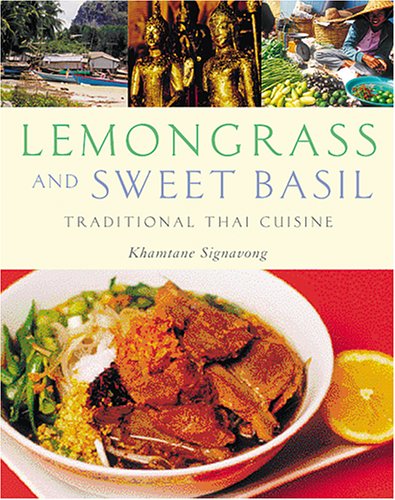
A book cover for Lemongrass and Sweet Basil: Traditional Thai Cuisine; Khamtane Signavong; Cookbooks, Food & Wine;